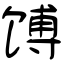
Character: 馎